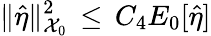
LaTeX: \| \hat{\eta}\| _{\mathcal{X}_{0}}^{2}\, \le\, C_{4}E_{0}[\hat{\eta}]